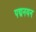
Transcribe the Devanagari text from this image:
पद्मनयन